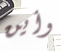
وأين